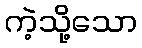
ကဲ့သို့သော